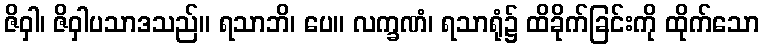
ဇိဝှါ၊ ဇိဝှါပသာဒသည်။ ရသာဘိ၊ ပေ။ လက္ခဏံ၊ ရသာရုံ၌ ထိခိုက်ခြင်းကို ထိုက်သော